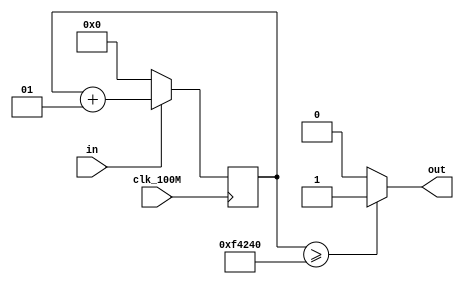
`timescale 1ns / 1ps
//////////////////////////////////////////////////////////////////////////////////
// Company: 
// Engineer: 
// 
// Design Name: 
// Module Name: signal_process
// Project Name: 
// Target Devices: 
// Tool Versions: 
// Description: 
// 
// Dependencies: 
// 
// Revision:
// Revision 0.01 - File Created
// Additional Comments:
// 
//////////////////////////////////////////////////////////////////////////////////


module shake_remove(
    input clk_100M,
	input in,
	output reg out
);
    localparam SAMPLE_TIME = 1000000;
    integer cnt=0;

    always @(posedge clk_100M)
    begin
        if(in)  cnt<=cnt+1;
        else cnt<=0;
    end
     
    always @(cnt)
    begin
        if(cnt >= SAMPLE_TIME)    out=1;
        else out=0;
    end 
endmodule